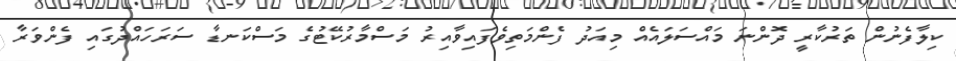
ކިލާފެނުން ތަރުކާރީ ދޮންނަ މައްސަލައެއް މިއަދު ފެންމަތިވެފައިވާއިރު މަސްމާރުކޭޓުގެ މަސްކަނޑާ ސަރަހައްދުގައި ފެންވަރާ